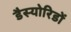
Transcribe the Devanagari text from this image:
डैस्योरिडों